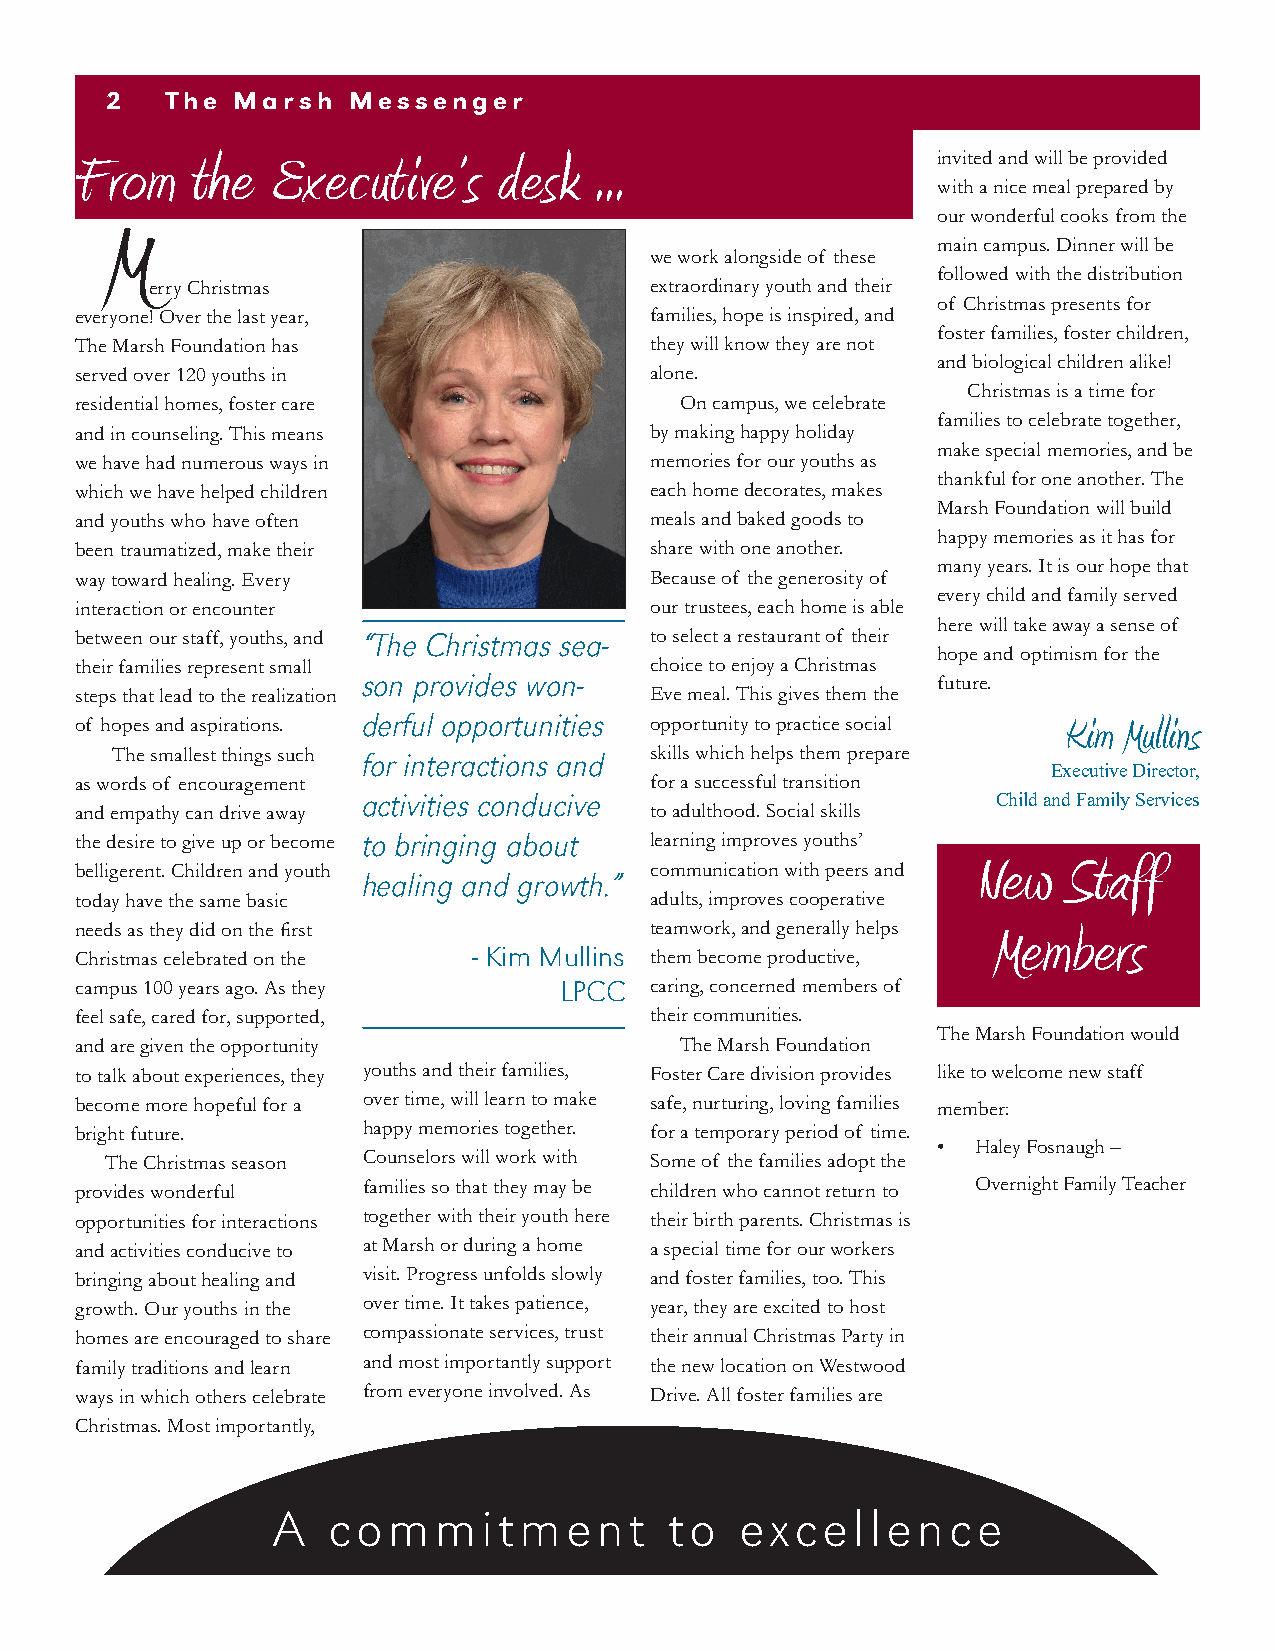
2   The  Marsh  Messenger
 From    the  Executive’s    desk  ...                    invited and will be provided
 with a nice meal prepared by
 M                                                      our wonderful cooks from the
 main campus. Dinner will be
 we work alongside of these
 followed with the distribution
 erry Christmas                   extraordinary youth and their
 of Christmas presents for
 everyone! Over the last year,         families, hope is inspired, and
 foster families, foster children,
 The Marsh Foundation has              they will know they are not
 and biological children alike!
 served over 120 youths in             alone.
 Christmas is a time for
 residential homes, foster care          On campus, we celebrate
 families to celebrate together,
 and in counseling. This means         by making happy holiday
 make special memories, and be
 we have had numerous ways in          memories for our youths as
 thankful for one another. The
 which we have helped children         each home decorates, makes
 Marsh Foundation will build
 and youths who have often             meals and baked goods to
 happy memories as it has for
 been traumatized, make their          share with one another.
 many years. It is our hope that
 way toward healing. Every             Because of the generosity of
 every child and family served
 interaction or encounter              our trustees, each home is able
 here will take away a sense of
 between our staff, youths, and “The Christmas sea- to select a restaurant of their
 hope and optimism for the
 their families represent small        choice to enjoy a Christmas
 son provides won-                     future.
 steps that lead to the realization    Eve meal. This gives them the
 of hopes and aspirations. derful opportunities opportunity to practice social Kim Mullins
 The smallest things such for interactions and skills which helps them prepare
 Executive Director,
 as words of encouragement             for a successful transition
 activities conducive                      Child and Family Services
 and empathy can drive away            to adulthood. Social skills
 the desire to give up or become to bringing about learning improves youths’
 New   Staff
 belligerent. Children and youth       communication with peers and
 healing and growth.”
 today have the same basic             adults, improves cooperative
 needs as they did on the first        teamwork, and generally helps Members
 Christmas celebrated on the - Kim Mullins them become productive,
 campus 100 years ago. As they   LPCC  caring, concerned members of
 feel safe, cared for, supported,      their communities.
 The Marsh Foundation would
 and are given the opportunity           The Marsh Foundation
 to talk about experiences, they youths and their families, Foster Care division provides like to welcome new staff
 become more hopeful for a over time, will learn to make safe, nurturing, loving families member:
 bright future.     happy memories together. for a temporary period of time.
 •  Haley Fosnaugh –
 The Christmas season Counselors will work with Some of the families adopt the
 provides wonderful families so that they may be children who cannot return to Overnight Family Teacher
 opportunities for interactions together with their youth here their birth parents. Christmas is
 and activities conducive to at Marsh or during a home a special time for our workers
 bringing about healing and visit. Progress unfolds slowly and foster families, too. This
 growth. Our youths in the over time. It takes patience, year, they are excited to host
 homes are encouraged to share compassionate services, trust their annual Christmas Party in
 family traditions and learn and most importantly support the new location on Westwood
 ways in which others celebrate from everyone involved. As Drive. All foster families are
 Christmas. Most importantly,
 A   commitment            to   excellence